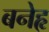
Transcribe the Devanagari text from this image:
बनेहृ